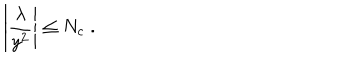
LaTeX: \left| \frac { \lambda } { y ^ { 2 } } \right| \leq N _ { c } \; .